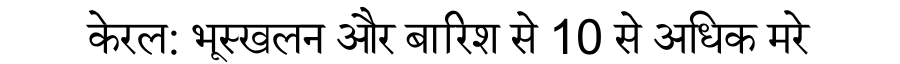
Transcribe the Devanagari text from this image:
केरल: भूस्खलन और बारिश से 10 से अधिक मरे